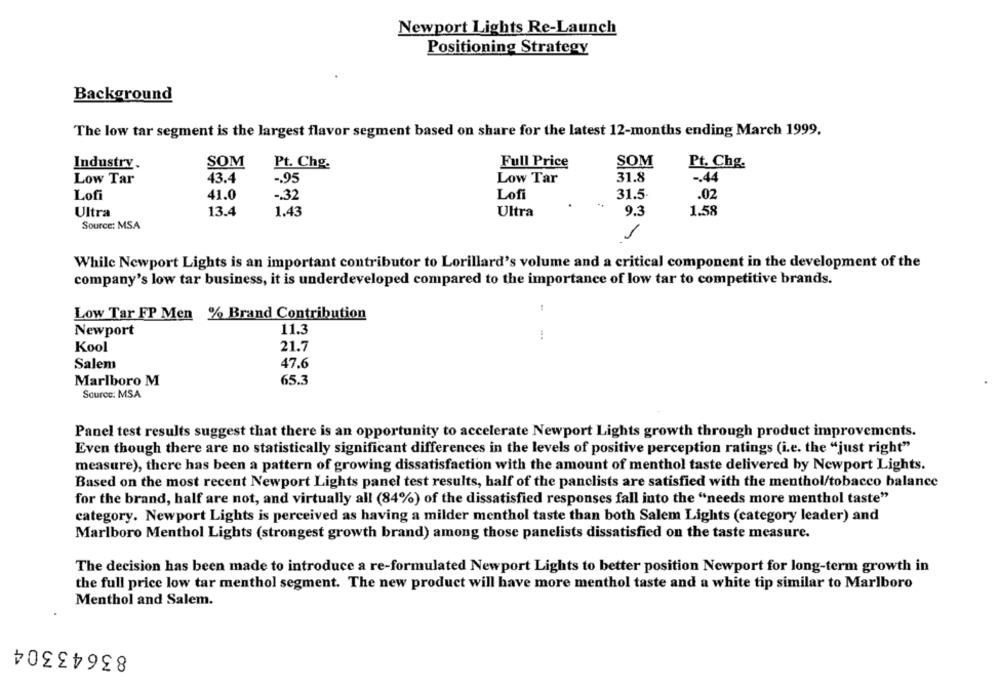
Newport Lights Re-Launch
Positioning Strategy
Background
The low tar segment is the largest flavor segment based on share for the latest 12-months ending March 1999.
Industry.
SOM
Pt. Chg.
Full Price
SOM
Pt. Chg.
43.4
-. 95
Low Tar
31.8
-. 44
Low Tar
Lofi
41.0
-. 32
Lofi
31.5.
.02
Ultra
13.4
1.43
Ultra
9.3
1.58
Source: MSA
-
While Newport Lights is an important contributor to Lorillard's volume and a critical component in the development of the
company's low tar business, it is underdeveloped compared to the importance of low tar to competitive brands.
Low Tar FP Men % Brand Contribution
Newport
11.3
Kool
21.7
Salem
47.6
Marlboro M
65.3
Source: MSA
Panel test results suggest that there is an opportunity to accelerate Newport Lights growth through product improvements.
Even though there are no statistically significant differences in the levels of positive perception ratings (i.e. the "just right"
measure), there has been a pattern of growing dissatisfaction with the amount of menthol taste delivered by Newport Lights.
Based on the most recent Newport Lights panel test results, half of the panclists are satisfied with the menthol/tobacco balance
for the brand, half are not, and virtually all (84%) of the dissatisfied responses fall into the "needs more menthol taste"
category. Newport Lights is perceived as having a milder menthol taste than both Salem Lights (category leader) and
Marlboro Menthol Lights (strongest growth brand) among those panelists dissatisfied on the taste measure.
The decision has been made to introduce a re-formulated Newport Lights to better position Newport for long-term growth in
the full price low tar menthol segment. The new product will have more menthol taste and a white tip similar to Marlboro
Menthol and Salem.
83643304